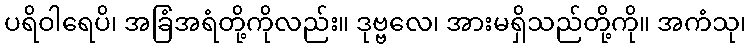
ပရိဝါရေပိ၊ အခြံအရံတို့ကိုလည်း။ ဒုဗ္ဗလေ၊ အားမရှိသည်တို့ကို။ အကံသု၊